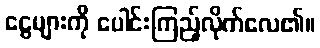
ငွေများကို ပေါင်းကြည့်လိုက်လေ၏။